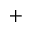
^ { + }